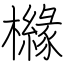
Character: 櫞